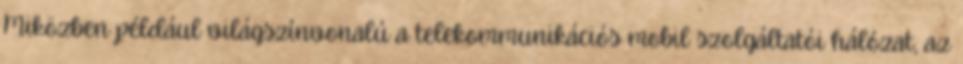
Miközben például világszínvonalú a telekommunikációs mobil szolgáltatói hálózat, az